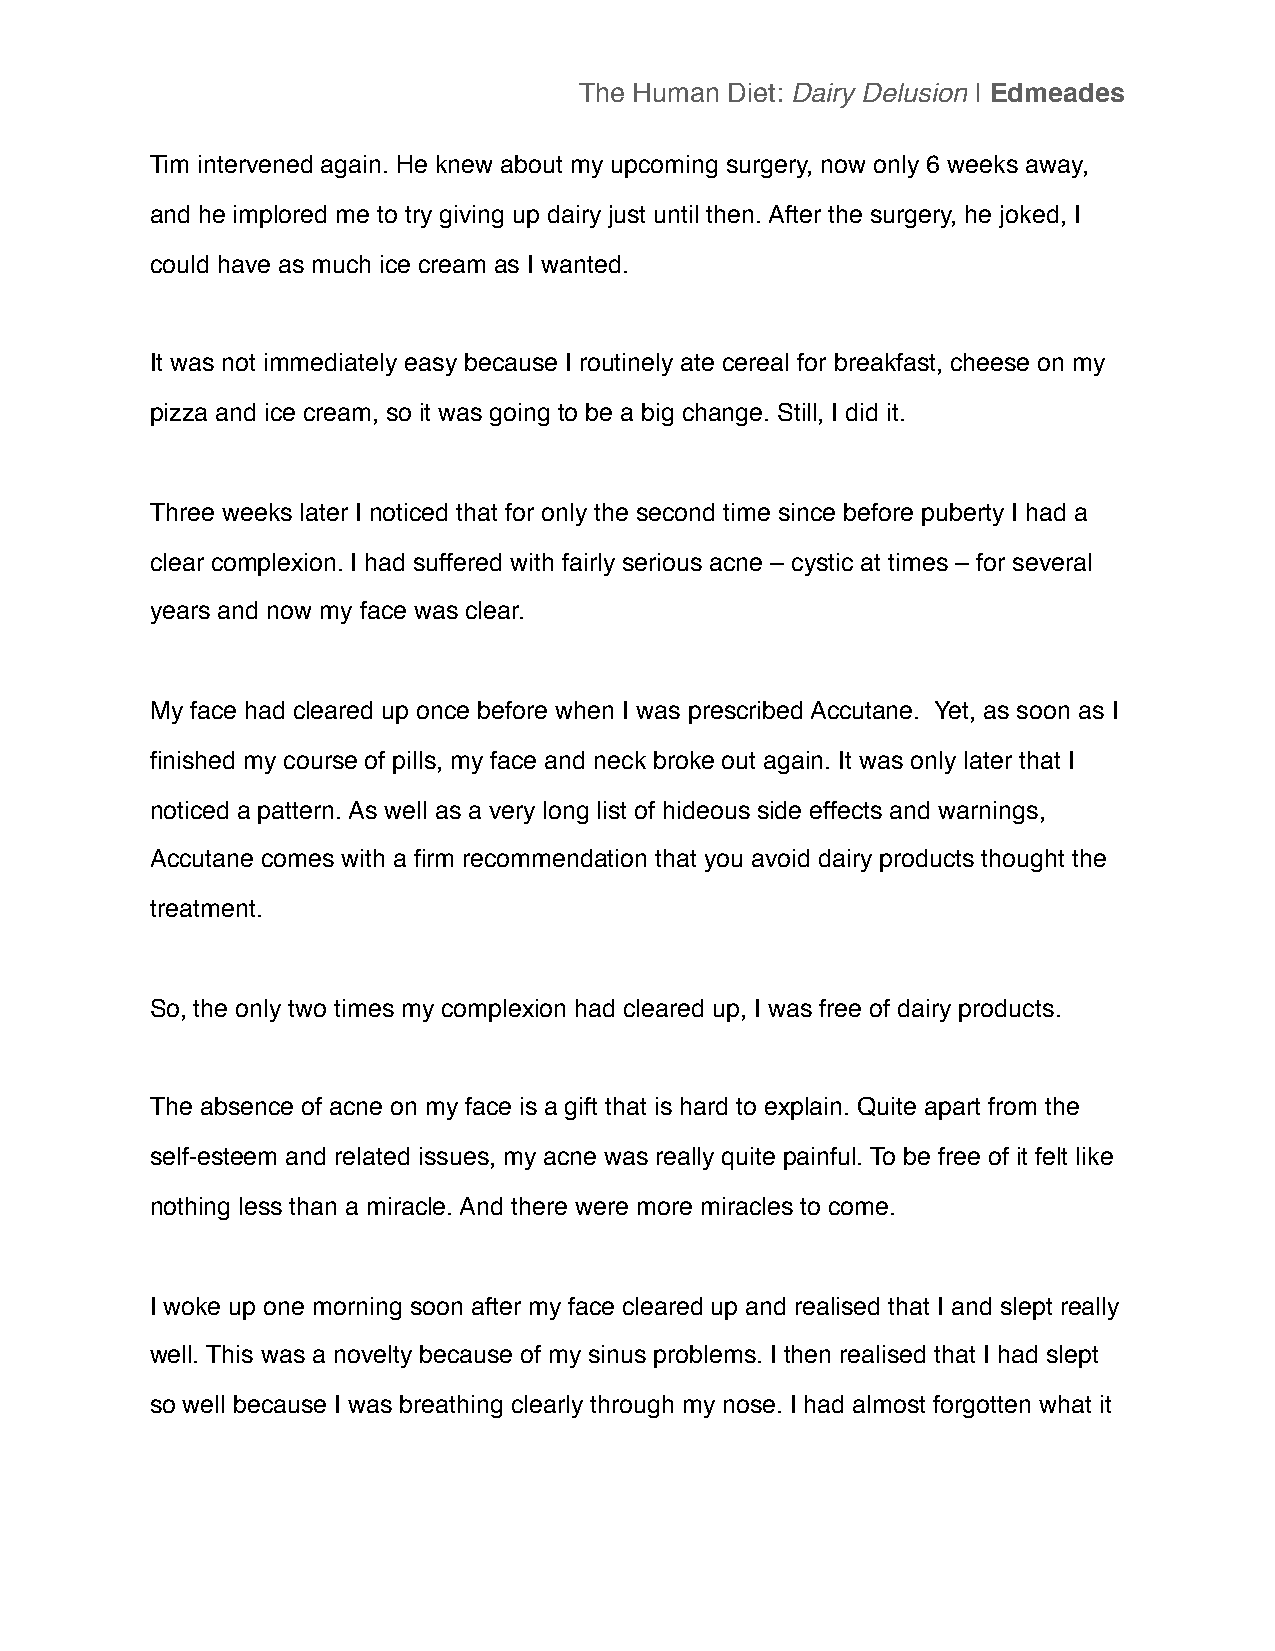
The Human Diet: Dairy Delusion | Edmeades
 Tim intervened again. He knew about my upcoming surgery, now only 6 weeks away,
 and he implored me to try giving up dairy just until then. After the surgery, he joked, I
 could have as much ice cream as I wanted.
 It was not immediately easy because I routinely ate cereal for breakfast, cheese on my
 pizza and ice cream, so it was going to be a big change. Still, I did it.
 Three weeks later I noticed that for only the second time since before puberty I had a
 clear complexion. I had suffered with fairly serious acne – cystic at times – for several
 years and now my face was clear.
 My face had cleared up once before when I was prescribed Accutane. Yet, as soon as I
 finished my course of pills, my face and neck broke out again. It was only later that I
 noticed a pattern. As well as a very long list of hideous side effects and warnings,
 Accutane comes with a firm recommendation that you avoid dairy products thought the
 treatment.
 So, the only two times my complexion had cleared up, I was free of dairy products.
 The absence of acne on my face is a gift that is hard to explain. Quite apart from the
 self-esteem and related issues, my acne was really quite painful. To be free of it felt like
 nothing less than a miracle. And there were more miracles to come.
 I woke up one morning soon after my face cleared up and realised that I and slept really
 well. This was a novelty because of my sinus problems. I then realised that I had slept
 so well because I was breathing clearly through my nose. I had almost forgotten what it